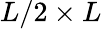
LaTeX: L/2\times L